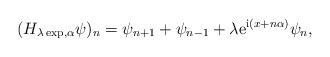
LaTeX: \begin{align*}(H_{\lambda\exp,\alpha}\psi)_{n}=\psi_{n+1}+\psi_{n-1}+\lambda{\rm e}^{{\rm i}(x+n\alpha)} \psi_{n},\end{align*}